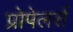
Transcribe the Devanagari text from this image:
प्रोपेलर्स